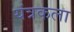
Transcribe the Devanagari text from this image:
यंत्रकला